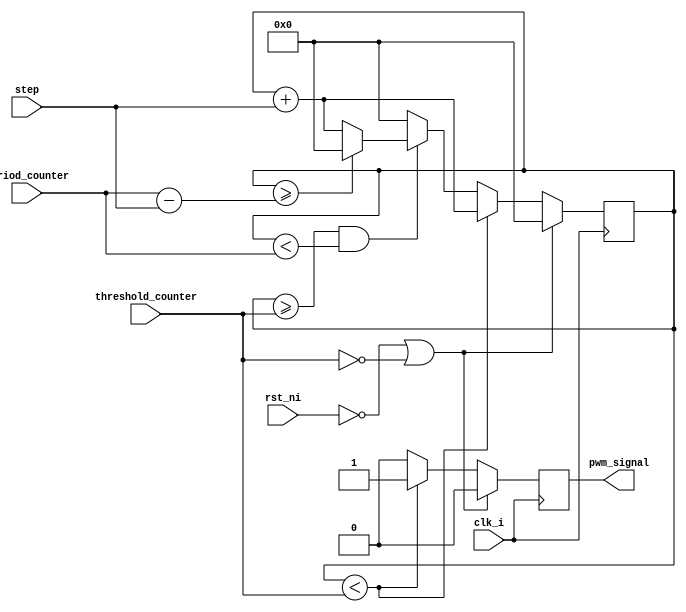
// This program was cloned from: https://github.com/KASIRGA-KIZIL/tekno-kizil
// License: GNU General Public License v3.0

// pwm_standard_mode.v
`timescale 1ns / 1ps

// Bu modul acik kaynakli https://github.com/SerdarUnal132/pwm_openmpw reposundan alinmistir

module pwm_standard_mode #(
   parameter Resolution = 32
) (
   input                   clk_i,
   input                   rst_ni,
   input  [Resolution-1:0] threshold_counter,
   input  [Resolution-1:0] period_counter,
   input  [Resolution-1:0] step,
   output                  pwm_signal
);

   reg                    output_reg;
   reg   [Resolution-1:0] counter;
   
   assign pwm_signal = output_reg;
   
   always @(posedge clk_i) begin
      if (rst_ni == 0  | threshold_counter == 0) begin
         counter      <= 0;
         output_reg   <= 0;
      end else begin
         if (counter < threshold_counter) begin
            output_reg <= 1;
            counter    <= counter + step;
         end else if (counter >= threshold_counter && counter < period_counter) begin
            output_reg <= 0;
            if (counter >= period_counter - step) begin
               counter <= 0;
            end else begin
               counter <= counter + step;
            end
         end else begin
            output_reg <= 0;
            counter    <= 0;
         end
      end
   end
endmodule